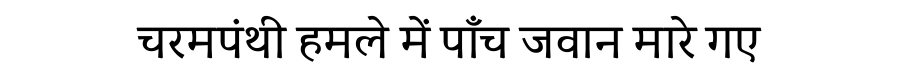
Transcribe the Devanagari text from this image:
चरमपंथी हमले में पाँच जवान मारे गए